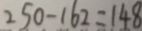
2 5 0 - 1 6 2 = 1 4 8